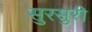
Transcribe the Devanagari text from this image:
सुरसुरी